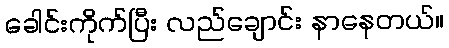
ခေါင်းကိုက်ပြီး လည်ချောင်း နာနေတယ်။